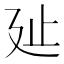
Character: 㢟